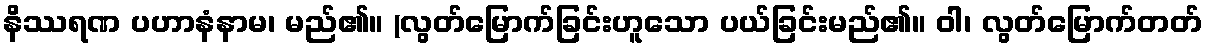
နိဿရဏ ပဟာနံနာမ၊ မည်၏။ (လွတ်မြောက်ခြင်းဟူသော ပယ်ခြင်းမည်၏။ ဝါ၊ လွတ်မြောက်တတ်